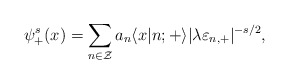
\begin{align*}\psi_{+}^s (x) = \sum_{n \in \cal Z} a_n \langle x|n;{+} \rangle|\lambda \varepsilon_{n,+}|^{-s/2},\end{align*}